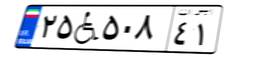
۲۵W۵۰۸۴۱